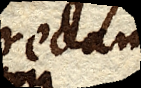
rectam